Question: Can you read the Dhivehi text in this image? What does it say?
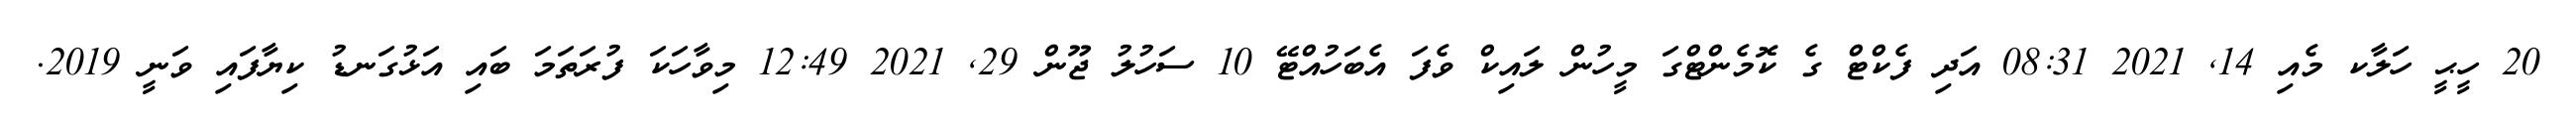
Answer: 20 ހީޙީ ހަލާކ މެއި 14, 2021 08:31 އަދި ފެކްޓް ގެ ކޮމެންޓްގަ މީހުން ލައިކް ވެފަ އެބަހުއްޓޭ 10 ސަހުލު ޖޫން 29, 2021 12:49 މިވާހަކަ ފުރަތަމަ ބައި އަޅުގަނޑު ކިޔާފައި ވަނީ 2019.